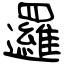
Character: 邏